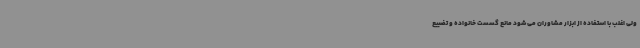
ولی اغلب با استفاده از ابزار مشاوران می شود مانع گسست خانواده و تضییع